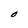
Character: O